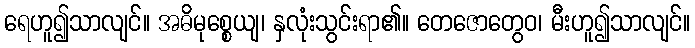
ရေဟူ၍သာလျင်။ အဓိမုစ္စေယျ၊ နှလုံးသွင်းရာ၏။ တေဇောတွေဝ၊ မီးဟူ၍သာလျင်။